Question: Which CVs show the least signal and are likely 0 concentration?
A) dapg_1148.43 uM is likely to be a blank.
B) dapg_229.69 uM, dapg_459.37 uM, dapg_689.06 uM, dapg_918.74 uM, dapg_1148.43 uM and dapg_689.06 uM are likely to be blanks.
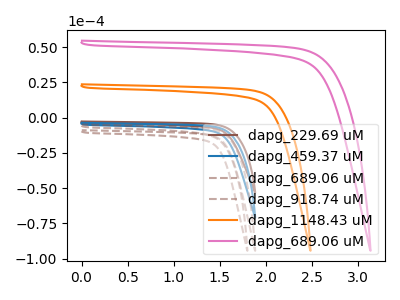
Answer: <think>The brown curve "dapg_229.69 uM" has no peaks. The blue curve "dapg_459.37 uM" has no peaks. The brown dashed curve "dapg_689.06 uM" has no peaks. The brown dashed curve "dapg_918.74 uM" has no peaks. The orange curve "dapg_1148.43 uM" has no peaks. The pink curve "dapg_689.06 uM" has no peaks.</think>
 <answer>B) "dapg_229.69 uM", "dapg_459.37 uM", "dapg_689.06 uM", "dapg_918.74 uM", "dapg_1148.43 uM" and "dapg_689.06 uM" are likely to be blanks.</answer>
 <eval>B</eval>